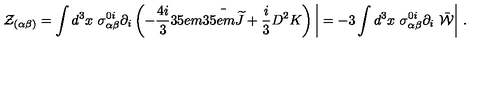
{ \mathcal Z } _ { ( \alpha \beta ) } = \int d ^ { 3 } x \ \sigma _ { \alpha \beta } ^ { 0 i } \partial _ { i } \left( - \frac { 4 i } { 3 } { \kern . 3 5 e m \bar { \kern - . 3 5 e m { \widetilde J } } } + \frac { i } { 3 } D ^ { 2 } K \right) \displaystyle { \biggl \vert } = - 3 \int d ^ { 3 } x \ \sigma _ { \alpha \beta } ^ { 0 i } \partial _ { i } \ { \bar { \mathcal W } } \displaystyle { \biggl \vert } \ .